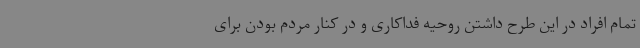
تمام افراد در این طرح داشتن روحیه فداکاری و در کنار مردم بودن برای